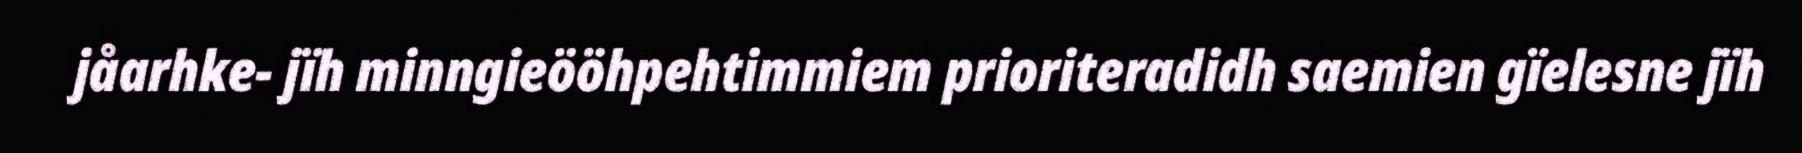
jåarhke- jïh minngieööhpehtimmiem prioriteradidh saemien gïelesne jïh